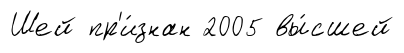
Шей пр'и́знан 2005 вы́сшей